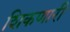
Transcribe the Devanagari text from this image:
शिकणारी